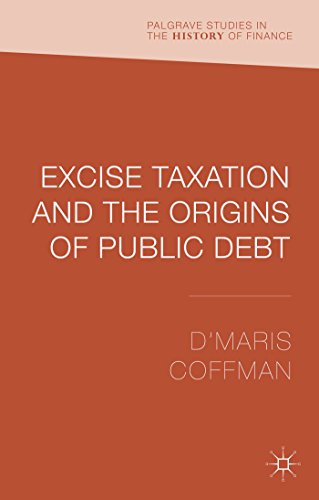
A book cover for Excise Taxation and the Origins of Public Debt (Palgrave Studies in the History of Finance); D'Maris Coffman; Law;